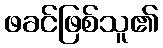
ဖခင်ဖြစ်သူ၏